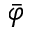
\bar { \varphi }